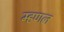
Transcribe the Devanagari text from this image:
म्‍हणल